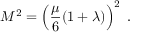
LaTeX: M ^ { 2 } = \left( { \frac { \mu } { 6 } } ( 1 + \lambda ) \right) ^ { 2 } \; .